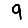
Digit: 9